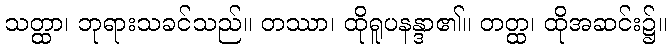
သတ္ထာ၊ ဘုရားသခင်သည်။ တဿာ၊ ထိုရူပနန္ဒာ၏။ တတ္ထ၊ ထိုအဆင်း၌။